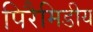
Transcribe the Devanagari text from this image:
पिरैमिडीय